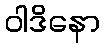
ဝါဒိနော